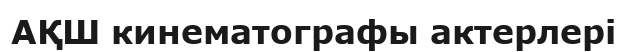
АҚШ кинематографы актерлері